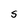
Character: S